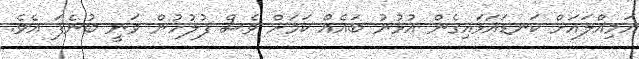
އަމިއްލައަށް ކަނޑައަޅައިގެން އުޅުނު ބައެއް ކަމަށް ވެސް ފުލުހުން ވަނީ ބުނެފަ އެވެ.